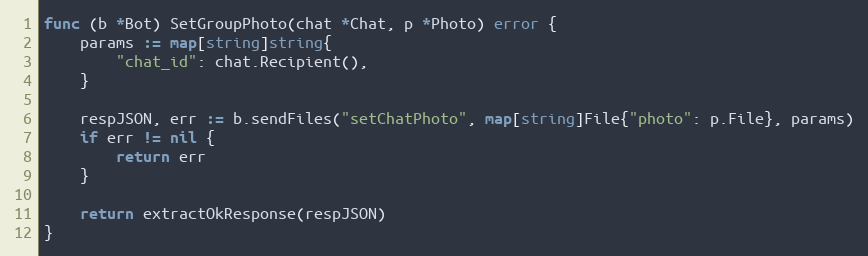
Language: Go
func (b *Bot) SetGroupPhoto(chat *Chat, p *Photo) error {
	params := map[string]string{
		"chat_id": chat.Recipient(),
	}

	respJSON, err := b.sendFiles("setChatPhoto", map[string]File{"photo": p.File}, params)
	if err != nil {
		return err
	}

	return extractOkResponse(respJSON)
}